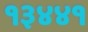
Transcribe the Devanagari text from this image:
१३४४१